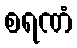
စရဏံ